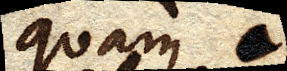
quam a